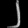
Digit: ၂